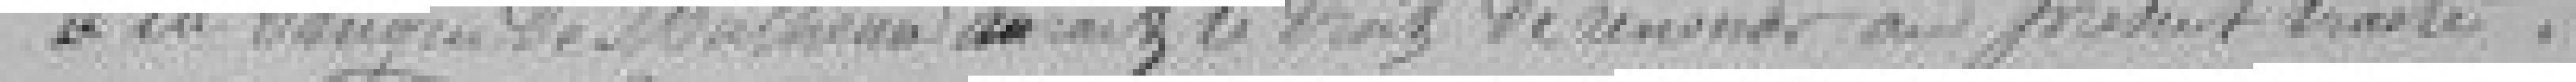
la Banque de Mulhouse aurait le droit de renoncer au présent traité.